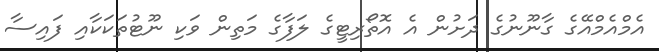
އެމްއެމްއޭގެ ގާނޫނުގެ ދަށުން އެ އޮތޯރިޓީގެ ލަފާގެ މަތިން ވަކި ނޫޓުތަކަކާއި ފައިސާ